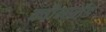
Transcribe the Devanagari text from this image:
क्वीन्स्लँड